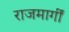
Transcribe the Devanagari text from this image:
राजमार्गीं